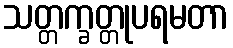
သတ္တက္ခတ္တုပရမတာ